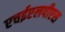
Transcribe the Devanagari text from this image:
एचईएलपीएस